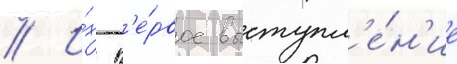
// И́х п'е́рвое выступл'е́н'ие